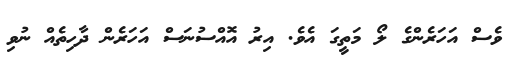
ވެސް އަހަރެންގެ ލޯ މަތީގަ އެވެ. އިރު އޮއްސުނަސް އަހަރެން ދާހިތެއް ނުވި